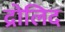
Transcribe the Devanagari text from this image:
द्रोलिद